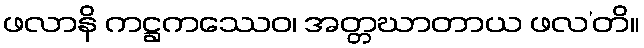
ဖလာနိ ကဋ္ဌကဿေဝ၊ အတ္တဃာတာယ ဖလ’တိ။